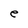
Character: e